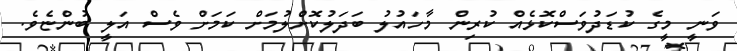
ވަނީ މީގެ ކުޑަދުވަސްކޮޅެއް ކުރިން މާހައުލު ބަދަލުކޮށްލުމަށް ކަމަށް ވެސް އަލީ ބުންޏެވެ.